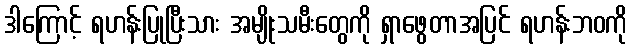
ဒါကြောင့် ရဟန်းပြုပြီးသား အမျိုးသမီးတွေကို ရှာဖွေတာအပြင် ရဟန်းဘဝကို